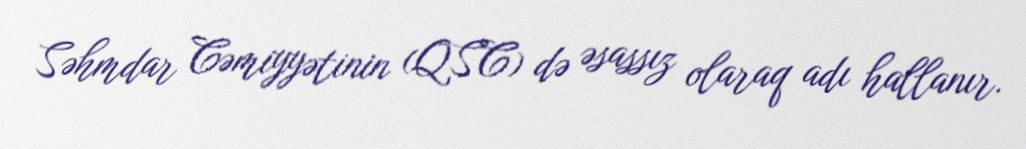
Səhmdar Cəmiyyətinin (QSC) də əsassız olaraq adı hallanır.